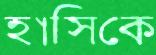
হাসিকে